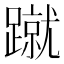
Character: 蹴